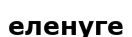
еленуге